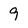
Character: 9